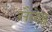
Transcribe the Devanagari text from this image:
सैलेट्स